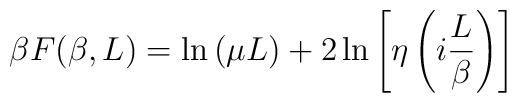
\beta F(\beta,L)=\ln{(\mu L)}+2\ln{\left[\eta\left(i\frac{L}{\beta}  \right)\right]}